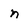
Character: n